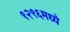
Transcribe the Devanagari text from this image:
१२९६मध्ये